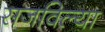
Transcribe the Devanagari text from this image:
सजविल्या